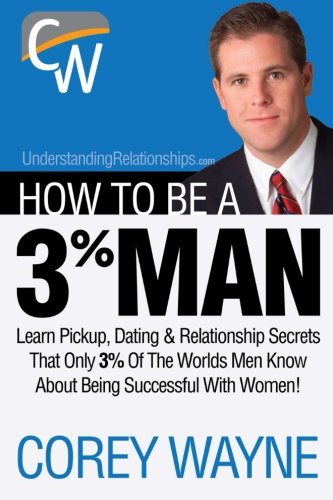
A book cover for How to Be a 3% Man, Winning the Heart of the Woman of Your Dreams; Corey Wayne; Parenting & Relationships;